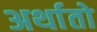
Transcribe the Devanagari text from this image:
अर्थातो